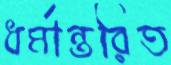
ধর্মান্তরিত